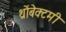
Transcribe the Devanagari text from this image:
थ्रोंबेक्टमी